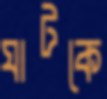
ঘাটকে